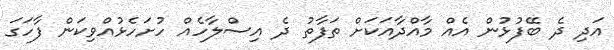
އަދި ދެ ބޭފުޅުން އެއް މާއްދާއަކަށް ތަފާތު ދެ އިސްލާހެއް ހުށަހެޅުއްވިކަން ފާހަގަ